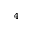
_ 4